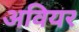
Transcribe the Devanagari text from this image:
अवियर